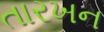
તારખન